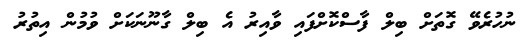
ނުހުރެވޭ ގޮތަށް ބިލް ފާސްކޮށްފައި ވާއިރު އެ ބިލް ގާނޫނަކަށް ވުމުން އިތުރު